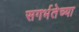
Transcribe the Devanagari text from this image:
सगर्भतेच्या